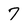
Character: 7